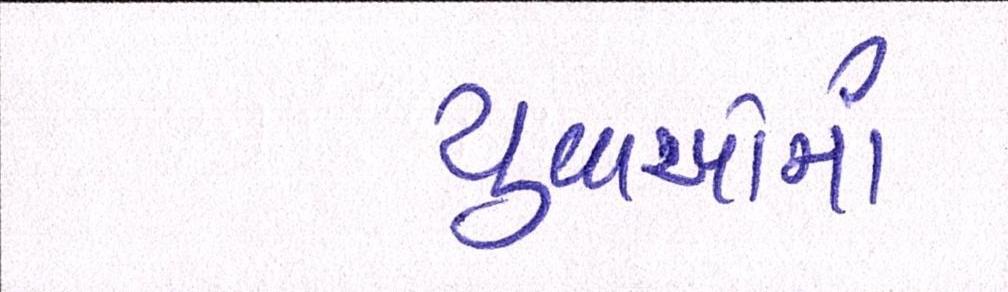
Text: યુવાઓમાં